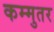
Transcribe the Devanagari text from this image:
कम्मुतर